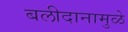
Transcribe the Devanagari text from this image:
बलीदानामुळे